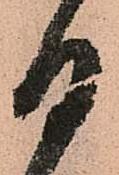
日